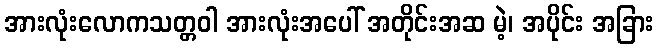
အားလုံးလောကသတ္တဝါ အားလုံးအပေါ် အတိုင်းအဆ မဲ့၊ အပိုင်း အခြား